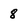
Character: 8